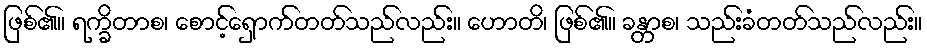
ဖြစ်၏။ ရက္ခိတာစ၊ စောင့်ရှောက်တတ်သည်လည်း။ ဟောတိ၊ ဖြစ်၏။ ခန္တာစ၊ သည်းခံတတ်သည်လည်း။